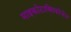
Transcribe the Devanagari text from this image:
माइकोटाक्सिकोजेज